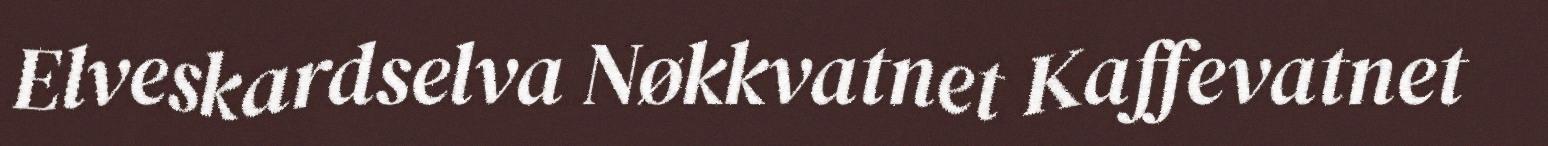
Elveskardselva Nøkkvatnet Kaffevatnet